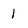
Character: 1